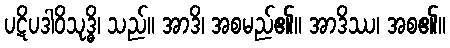
ပဋိပဒါဝိသုဒ္ဓိ၊ သည်။ အာဒိ၊ အစမည်၏။ အာဒိဿ၊ အစ၏။